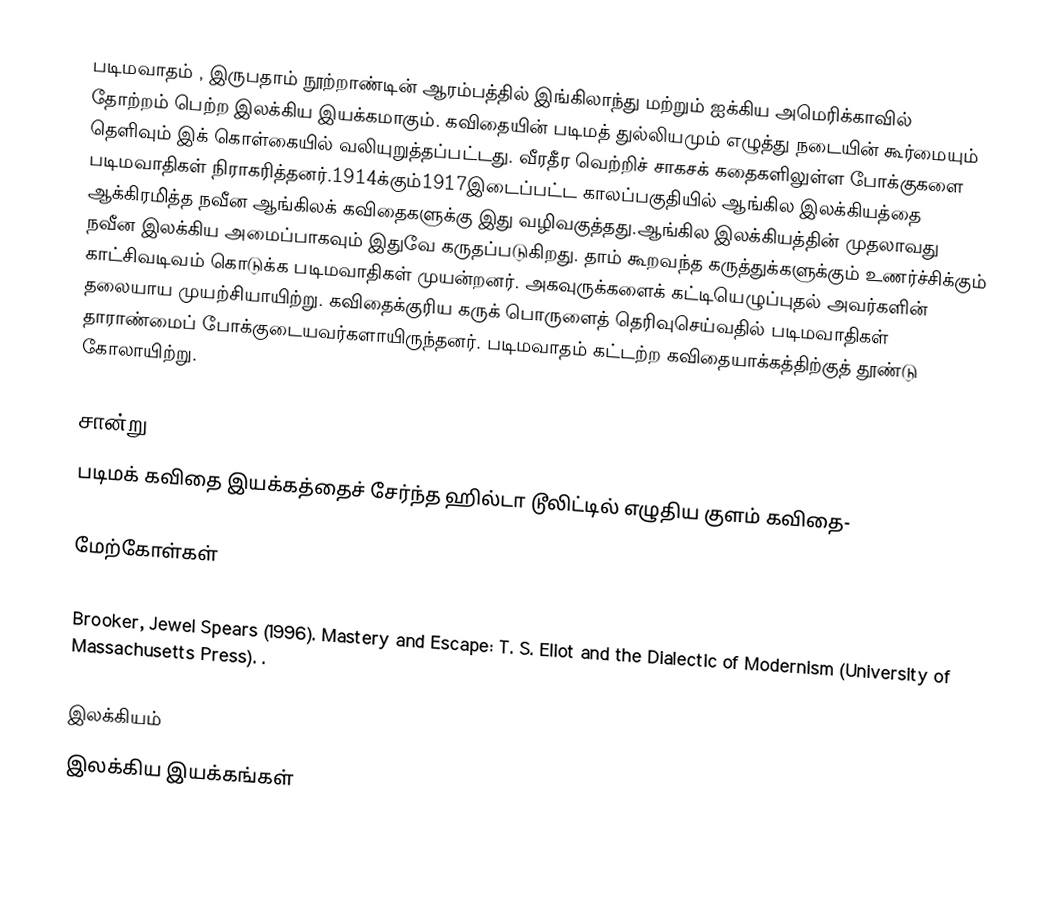
படிமவாதம்  ,  இருபதாம் நூற்றாண்டின் ஆரம்பத்தில் இங்கிலாந்து மற்றும் ஐக்கிய அமெரிக்காவில் தோற்றம் பெற்ற இலக்கிய இயக்கமாகும். கவிதையின் படிமத் துல்லியமும் எழுத்து நடையின் கூர்மையும் தெளிவும் இக் கொள்கையில் வலியுறுத்தப்பட்டது. வீரதீர வெற்றிச் சாகசக் கதைகளிலுள்ள போக்குகளை படிமவாதிகள் நிராகரித்தனர்.1914க்கும்1917இடைப்பட்ட காலப்பகுதியில் ஆங்கில இலக்கியத்தை ஆக்கிரமித்த நவீன ஆங்கிலக் கவிதைகளுக்கு இது வழிவகுத்தது.ஆங்கில இலக்கியத்தின் முதலாவது நவீன இலக்கிய அமைப்பாகவும் இதுவே கருதப்படுகிறது. தாம் கூறவந்த கருத்துக்களுக்கும் உணர்ச்சிக்கும் காட்சிவடிவம் கொடுக்க படிமவாதிகள் முயன்றனர். அகவுருக்களைக் கட்டியெழுப்புதல் அவர்களின் தலையாய முயற்சியாயிற்று. கவிதைக்குரிய கருக் பொருளைத் தெரிவுசெய்வதில் படிமவாதிகள் தாராண்மைப் போக்குடையவர்களாயிருந்தனர். படிமவாதம் கட்டற்ற கவிதையாக்கத்திற்குத் தூண்டு கோலாயிற்று.

சான்று
படிமக் கவிதை இயக்கத்தைச் சேர்ந்த ஹில்டா டூலிட்டில் எழுதிய குளம் கவிதை-

மேற்கோள்கள்

 Brooker, Jewel Spears (1996). Mastery and Escape: T. S. Eliot and the Dialectic of Modernism (University of Massachusetts Press). .

இலக்கியம்
இலக்கிய இயக்கங்கள்